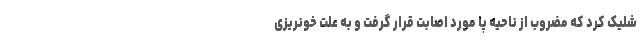
شلیک کرد که مضروب از ناحیه پا مورد اصابت قرار گرفت و به علت خونریزی